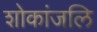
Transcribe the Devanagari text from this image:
शोकांजलि